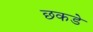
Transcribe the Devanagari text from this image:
छकडे